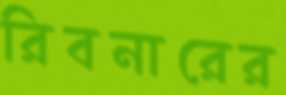
রিবনারের